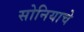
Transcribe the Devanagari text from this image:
सोनियाचे